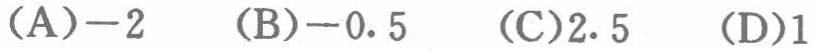
(A)$-2$  (B)$-0.5$  (C)$2.5$  (D)$1$